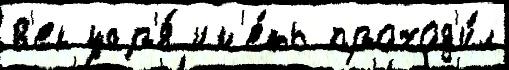
в'ек цар'я́ им'е́ть проход'и́л